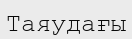
Таяудағы